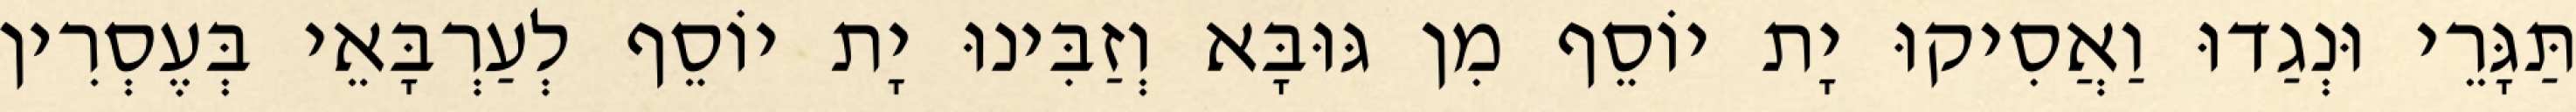
תַּגָּרֵי וּנְגַדוּ וַאֲסִיקוּ יָת יוֹסֵף מִן גּוּבָּא וְזַבִּינוּ יָת יוֹסֵף לְעַרְבָּאֵי בְּעֶסְרִין